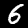
Digit: 6